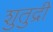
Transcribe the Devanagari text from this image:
शुतुद्री